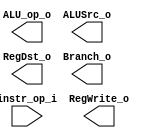
//Subject:     CO project 2 - Decoder
//--------------------------------------------------------------------------------
//Version:     1
//--------------------------------------------------------------------------------
//Writer:      Luke
//----------------------------------------------
//----------------------------------------------
//Description: 
//--------------------------------------------------------------------------------

module Decoder(
    instr_op_i,
	RegWrite_o,
	ALU_op_o,
	ALUSrc_o,
	RegDst_o,
	Branch_o
	);
     
//I/O ports
input  [6-1:0] instr_op_i;

output         RegWrite_o;
output [3-1:0] ALU_op_o;
output         ALUSrc_o;
output         RegDst_o;
output         Branch_o;
 
//Internal Signals
reg    [3-1:0] ALU_op_o;
reg            ALUSrc_o;
reg            RegWrite_o;
reg            RegDst_o;
reg            Branch_o;

//Parameter


//Main function

endmodule